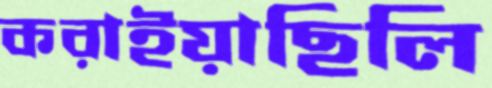
করাইয়াছিলি